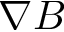
\nabla B